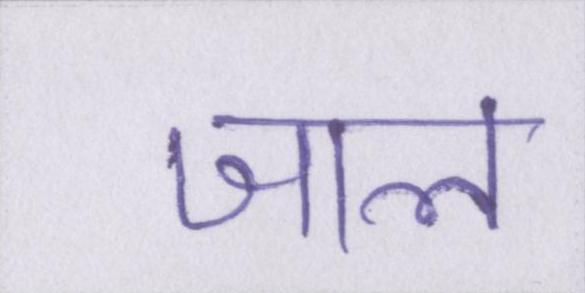
जाल